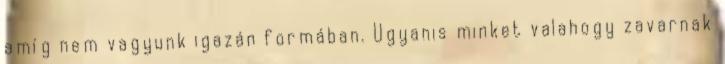
amíg nem vagyunk igazán formában. Ugyanis minket valahogy zavarnak